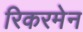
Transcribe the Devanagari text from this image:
रिकरमेन